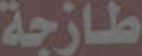
طازجة